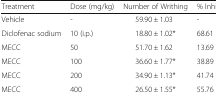
| Treatment | Dose (mg/kg) | Number of Writhing | % Inhibition |
 | --- | --- | --- | --- |
 | Vehicle | - | 59.90 ± 1.03 | - |
 | Diclofenac sodium | 10 (i.p.) | 18.80 ± 1.02* | 68.61 |
 | MECC | 50 | 51.70 ± 1.62 | 13.69 |
 | MECC | 100 | 36.60 ± 1.77* | 38.89 |
 | MECC | 200 | 34.90 ± 1.13* | 41.74 |
 | MECC | 400 | 26.50 ± 1.55* | 55.76 |